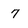
Character: 7